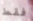
فقط